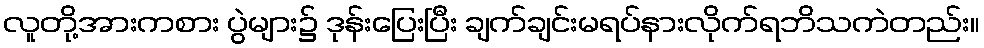
လူတို့အားကစား ပွဲများ၌ ဒုန်းပြေးပြီး ချက်ချင်းမရပ်နားလိုက်ရဘိသကဲတည်း။